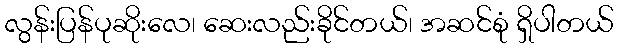
လွန်းပြန်ပုဆိုးလေ၊ ဆေးလည်းခိုင်တယ်၊ အဆင်စုံ ရှိပါတယ်